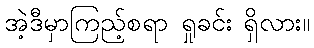
အဲ့ဒီမှာကြည့်စရာ ရှုခင်း ရှိလား။